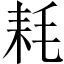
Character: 耗